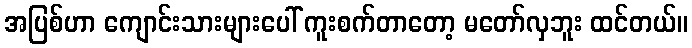
အပြစ်ဟာ ကျောင်းသားများပေါ် ကူးစက်တာတော့ မတော်လှဘူး ထင်တယ်။